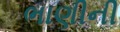
ભાણીની